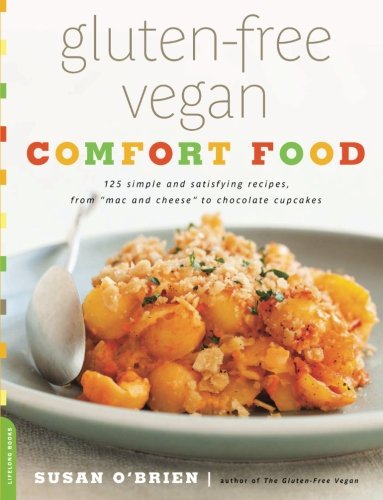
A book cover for Gluten-Free Vegan Comfort Food: 125 Simple and Satisfying Recipes, from "Mac and Cheese" to Chocolate Cupcakes; Susan O'Brien; Health, Fitness & Dieting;